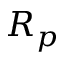
R _ { p }